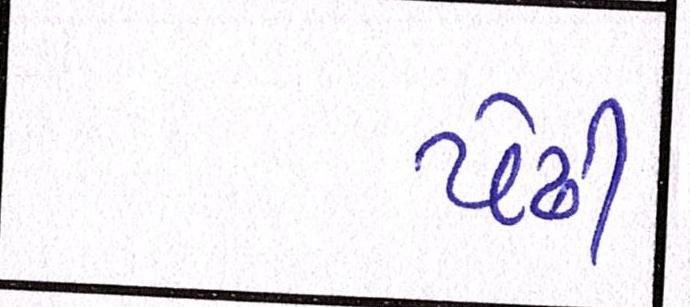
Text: પેઢી